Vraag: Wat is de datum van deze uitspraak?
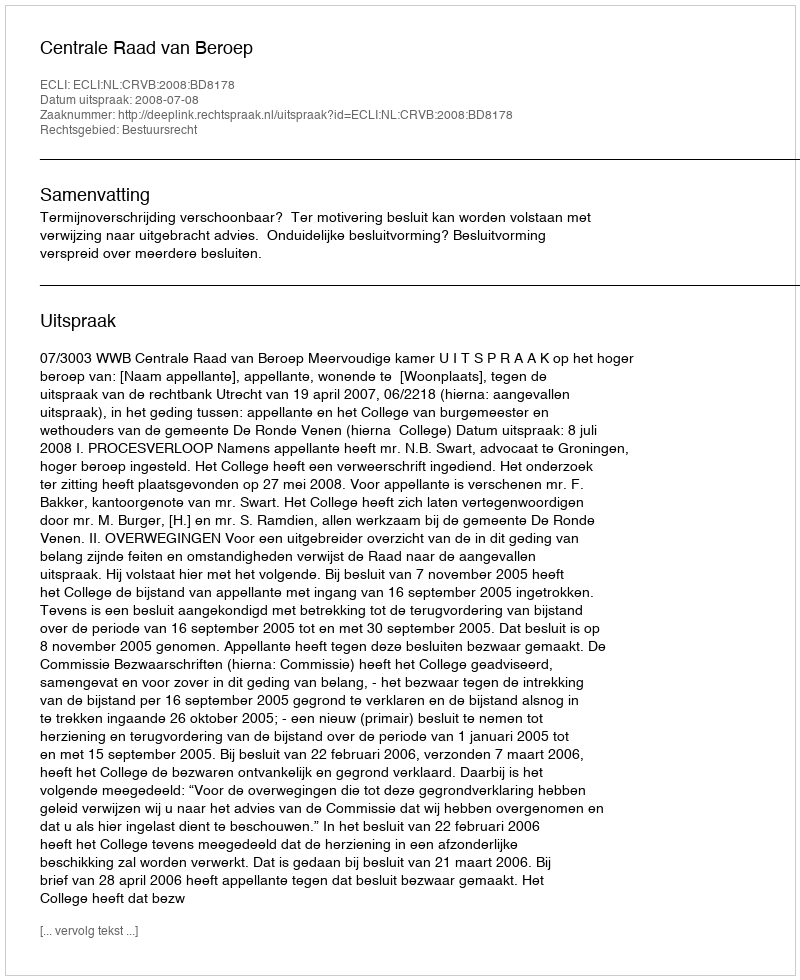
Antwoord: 2008-07-08